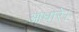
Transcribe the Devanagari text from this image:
आधारे।